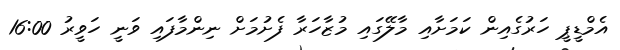
އެމްޑީޕީ ހަރުގެއިން ކަމަށާއި މާލޭގައި މުޒާހަރާ ފެށުމަށް ނިންމާފައި ވަނީ ހަވީރު 16:00